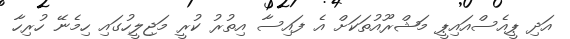
އަދި ޕީއެސްއައިޕީ މަޝްރޫއުތަކަށް އެ ފައިސާ އިތުރު ކުރީ މަޖިލީހުގައި ހިމެނޭ ހުރިހާ